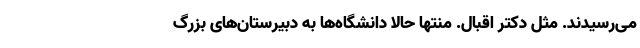
می‌رسیدند. مثل دکتر اقبال. منتها حالا دانشگاه‌ها به دبیرستان‌های بزرگ